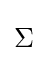
{\begin{aligned}\Sigma \end{aligned}}